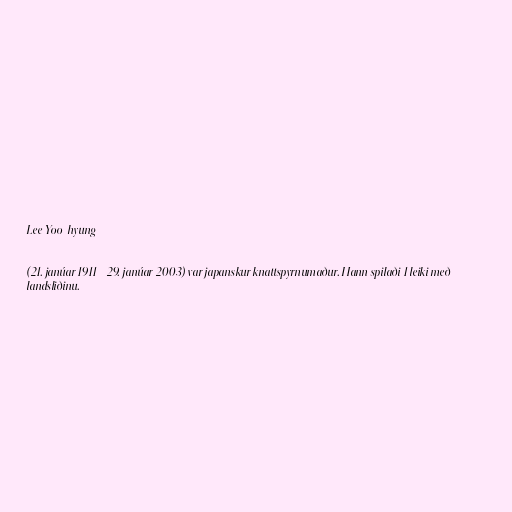
Lee Yoo-hyung

(21. janúar 1911 - 29. janúar 2003) var japanskur knattspyrnumaður. Hann spilaði 1 leiki með
landsliðinu.